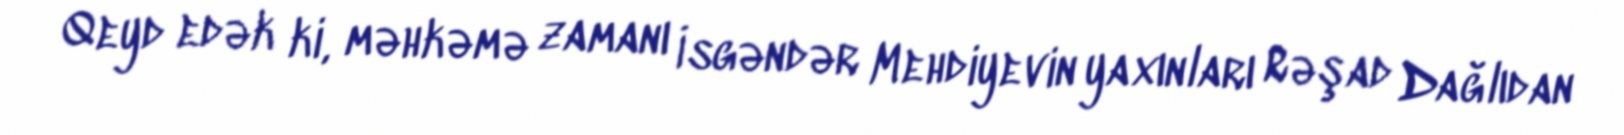
Qeyd edək ki, məhkəmə zamanı İsgəndər Mehdiyevin yaxınları Rəşad Dağlıdan